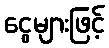
ငွေများဖြင့်